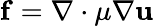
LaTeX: \mathbf{f}=\nabla\cdot\mu\nabla\mathbf{u}